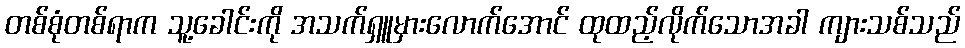
တစ်စုံတစ်ရာက သူ့ခေါင်းကို အသက်ရှူမှားလောက်အောင် ထုထည့်လိုက်သောအခါ ကျားသစ်သည်